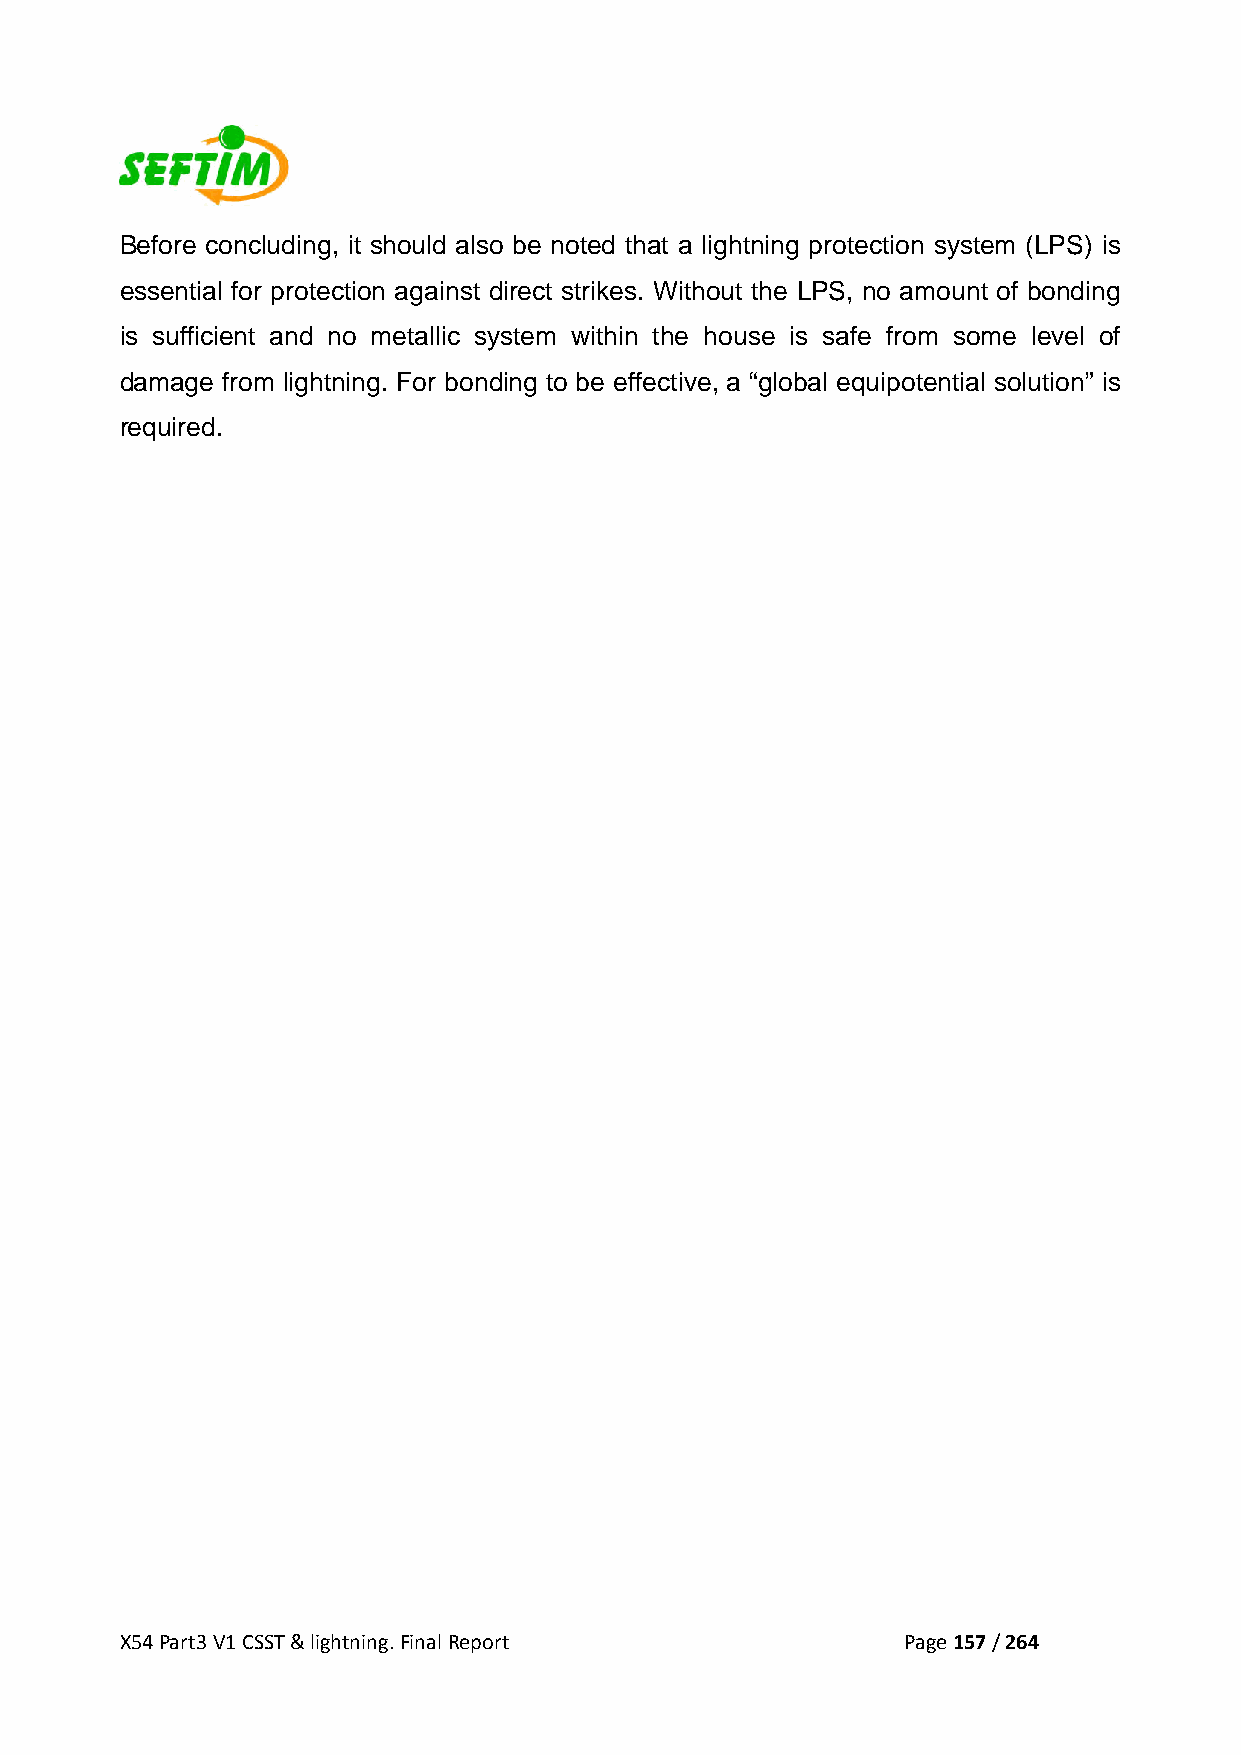
Before concluding, it should also be noted that a lightning protection system (LPS) is
 essential for protection against direct strikes. Without the LPS, no amount of bonding
 is sufficient and no metallic system within the house is safe from some level of
 damage from lightning. For bonding to be effective, a “global equipotential solution” is
 required.
 X54 Part3 V1 CSST & lightning. Final Report         Page 157 / 264